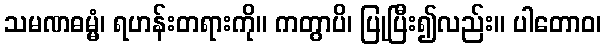
သမဏဓမ္မံ၊ ရဟန်းတရားကို။ ကတွာပိ၊ ပြုပြီး၍လည်း။ ပါတောဝ၊